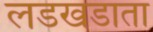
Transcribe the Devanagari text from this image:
लडखडाता